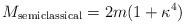
\begin{align*}M_{\rm semiclassical} = 2m(1 + \kappa^4 )\end{align*}